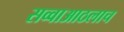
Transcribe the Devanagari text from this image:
सव्वाआठलाच